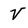
Character: V